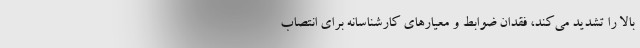
بالا را تشدید می‌کند، فقدان ضوابط و معیارهای کارشناسانه برای انتصاب